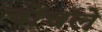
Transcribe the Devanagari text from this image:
चोंचले